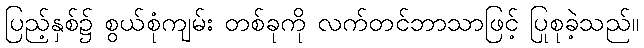
ပြည့်နှစ်၌ စွယ်စုံကျမ်း တစ်ခုကို လက်တင်ဘာသာဖြင့် ပြုစုခဲ့သည်။